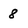
Character: 8